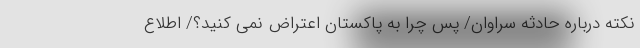
نکته درباره حادثه سراوان/ پس چرا به پاکستان اعتراض نمی کنید؟/ اطلاع